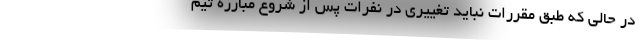
در حالی که طبق مقررات نباید تغییری در نفرات پس از شروع مبارزه تیم